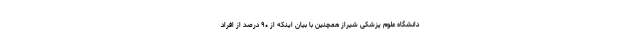
دانشگاه علوم پزشکی شیراز همچنین با بیان اینکه از ٩٠ درصد از افراد